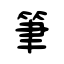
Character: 筆